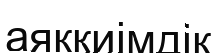
аяқкиімдік